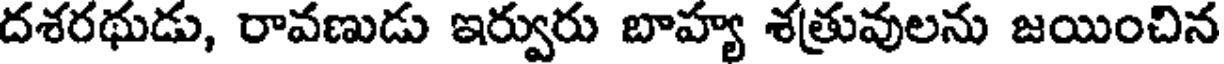
దశరథుడు, రావణుడు ఇర్వురు బాహ్య శత్రువులను జయించిన